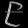
Digit: ၉